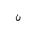
Letter: _non